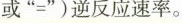
或”=”)逆反应速率。